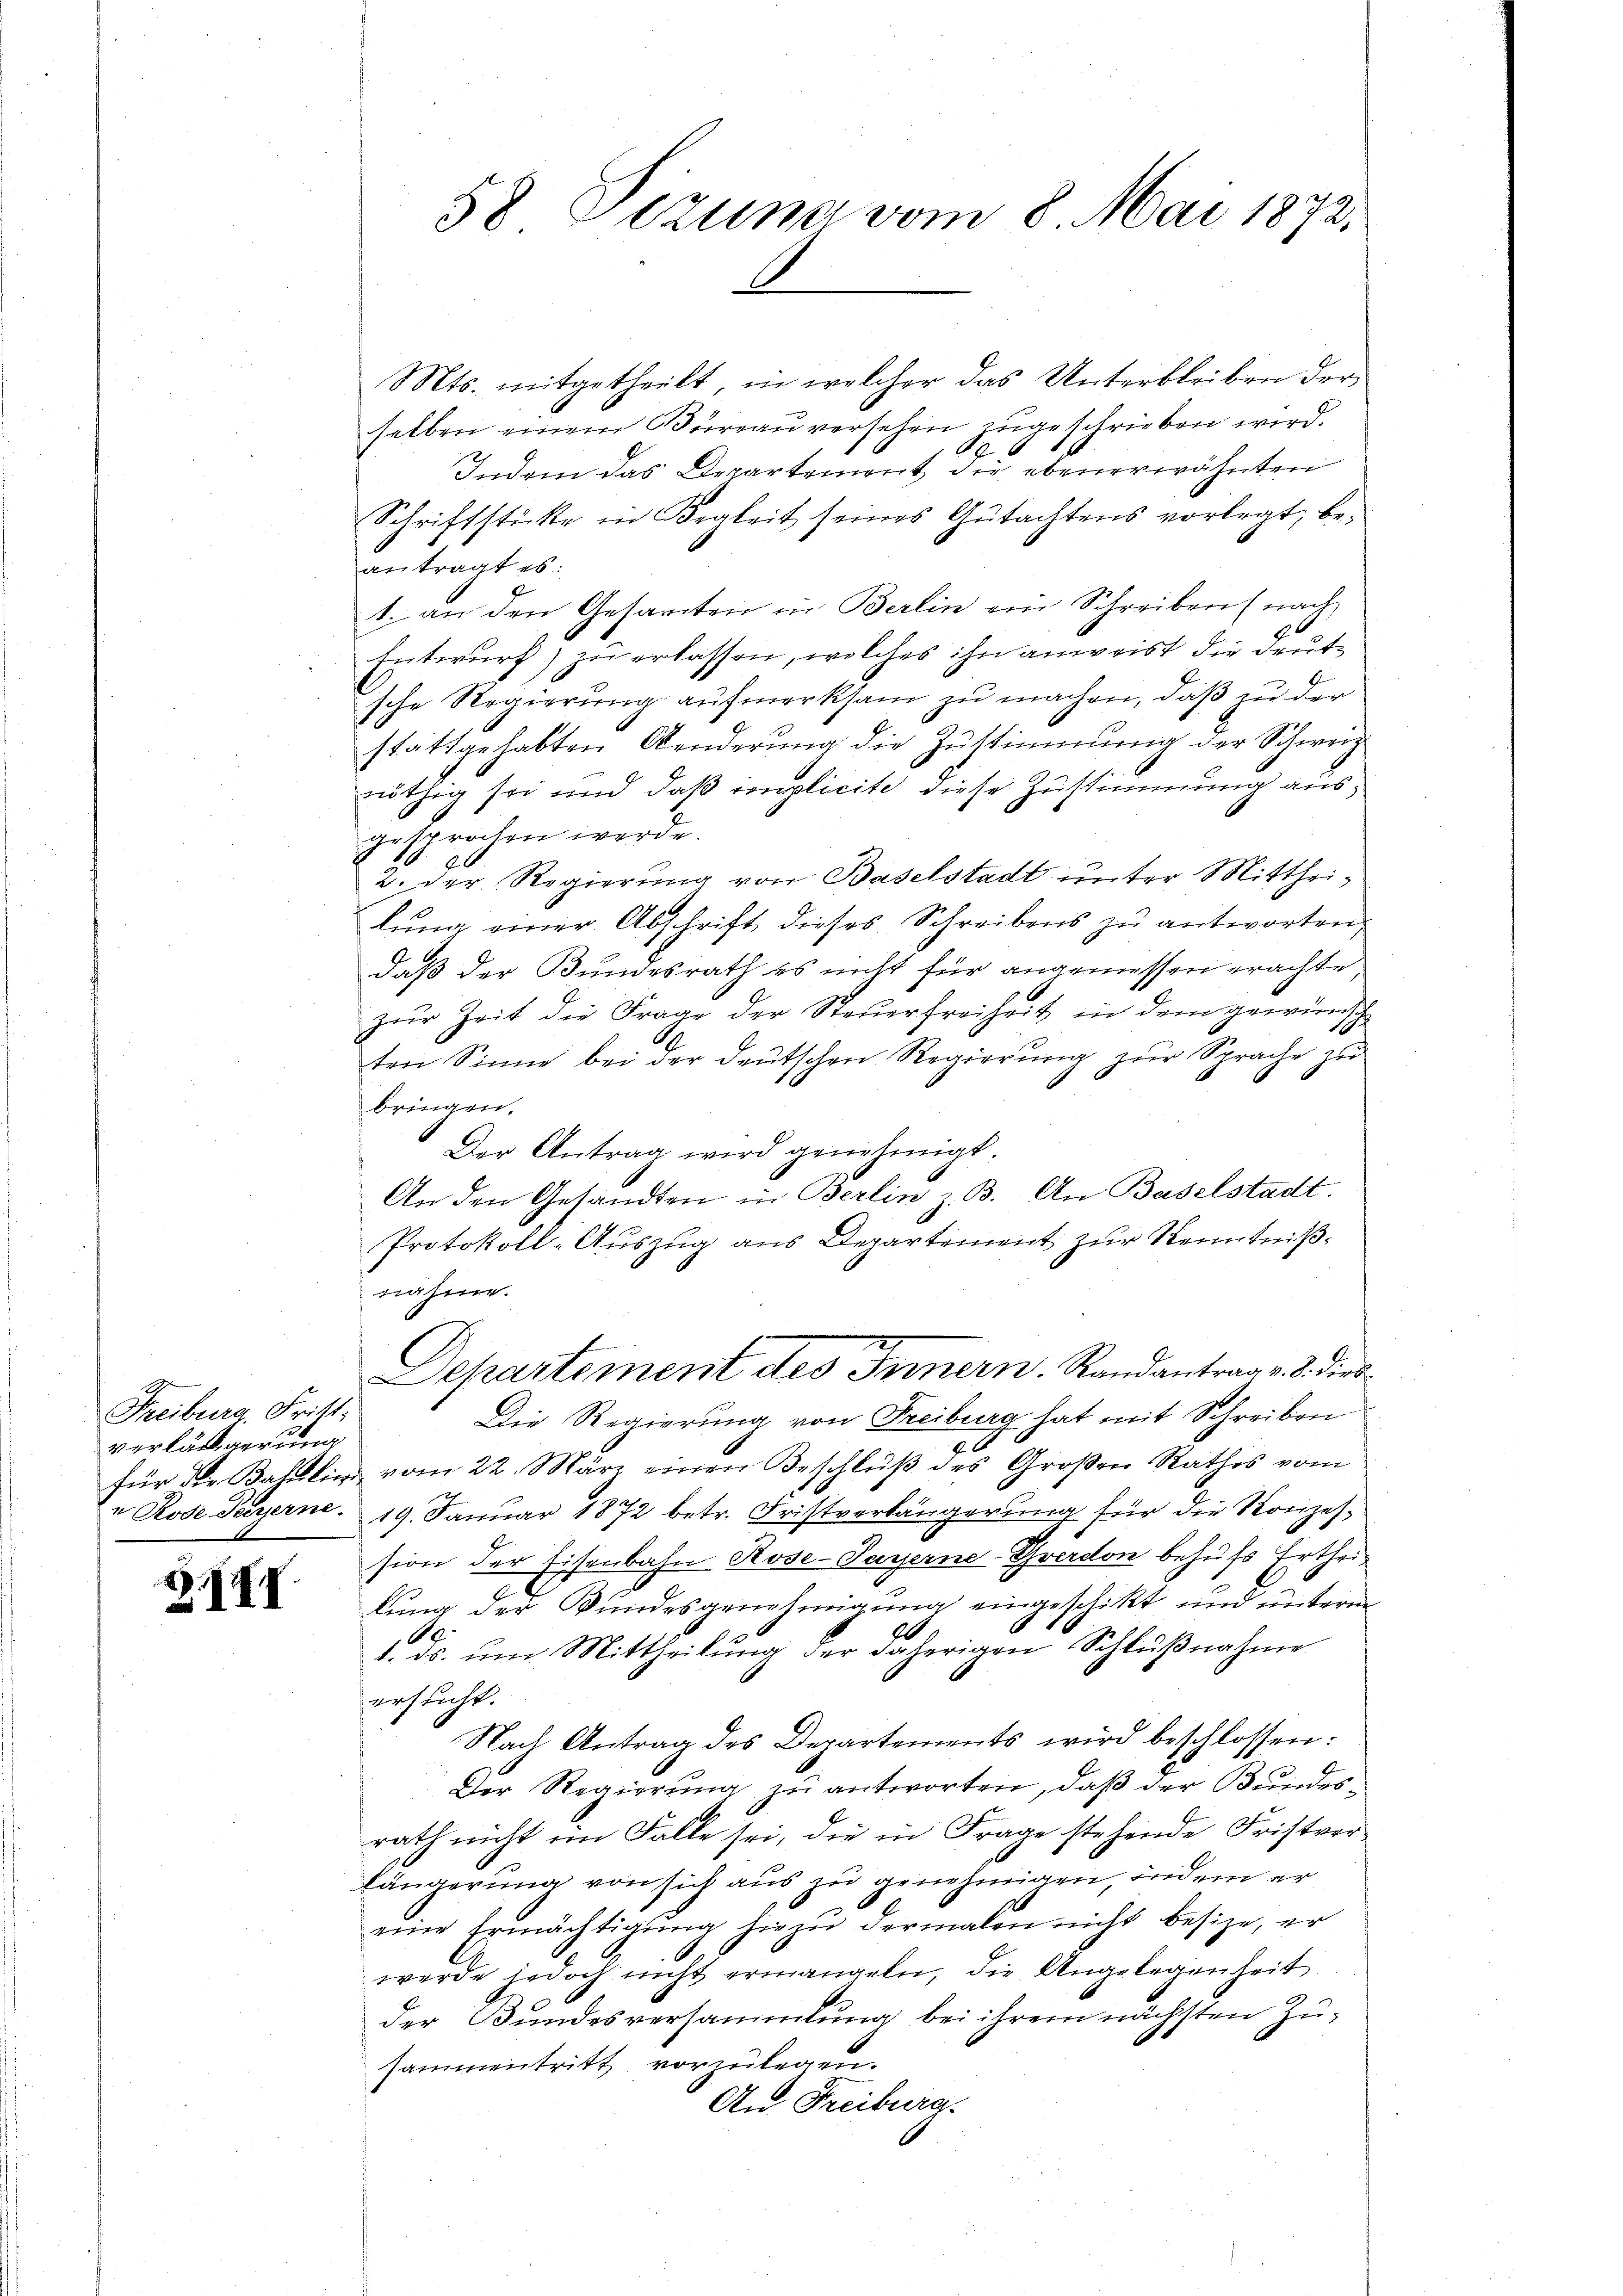
Freiburg, Fritt.
verlängerung
e Rode-Peyerne.

IIII

58 Sizung vom 8. Mai 1873.

Mts. mitgetheilt, in welcher das Unterbleiben der
selben einem Büreau versehen zugeschrieben wird.
 x
Indem das Departement die ebenerwähnten
Schriftstücke in Begleit seines Gŭtachtens vorlegt, be-
antragt es:
1. an den Gesamten in Berlin ein Schreiben (nach
Entwurf) zu erlassen, welches ihn anweist die deutsche Regierung aufmerksam zu machen, daß zu der
stattgehabten Aenderŭng die Zŭstimmung der Schweiz
nöthig sei und daß implicite diese Zustimmung ausgesprochen werde.
2. Der Regierung von Baselstadt unter Mittheilŭng einer Abschrift dieses Schreibens zu antworten,
daß der Bundesrath es nicht für angemessen erachte,
zur Zeit die Frage der Steuerfreiheit in dem gewünsch
ten Sinne bei der deutschen Regierŭng zŭr Sprache zu
bringen.
Der Antrag wird genehmigt.
An den Gesandten in Berlin z. B. An Baselstadt.
Protokoll-Auszug aus Departement zur Kenntnißnahme.
7
Departement des Innern. Randantrag v. 8. dies¬
Die Regierung von Freiburg hat mit Schreiben
für die Bahlin vom 22. März einen Beschlŭβ des Großen Rathes vom
19. Januar 1872 betr. Fristverlängerung für die Konzession der Eisenbahn Rose-Payerne-Yverdon behufs Ertheilung der Bundesgenehmigung eingeschikt und unterm
66
1. ds. ŭm Mittheilŭng der daherigen Schlŭβnahme
ersucht.
Nach Antrag des Departements wird beschlossen:
Der Regierung zu antworten, daß der Bundesrath nicht im Falle sei, die in Frage stehende Fristver-
längerung von sich aus zu genehmigen, indem er
eine Ermächtigŭng hiezŭ dermalen nicht besize, er
werde jedoch nicht ermangeln, die Angelegenheit
der Bundesversammlung bei ihrem nächsten Zusammentritt vorzulegen.
An Freiburg.